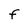
Character: F